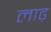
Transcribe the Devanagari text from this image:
लाढ़